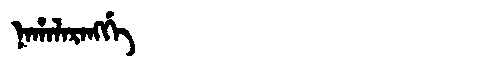
Manchu: ᠨᠠᡥᠠᠯᠠᡵᠠᠩᡤᡝ
Romanization: NAHALARANGGE